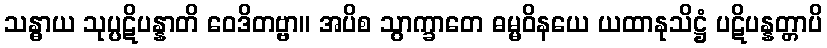
သန္ဓာယ သုပ္ပဋိပန္နာတိ ဝေဒိတဗ္ဗာ။ အပိစ သွာက္ခာတေ ဓမ္မဝိနယေ ယထာနုသိဋ္ဌံ ပဋိပန္နတ္တာပိ